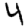
Digit: 4